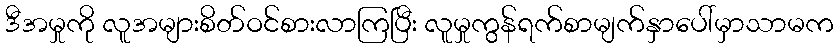
ဒီအမှုကို လူအများစိတ်ဝင်စားလာကြပြီး လူမှုကွန်ရက်စာမျက်နှာပေါ်မှာသာမက